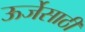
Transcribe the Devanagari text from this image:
ऊर्जेसाठी